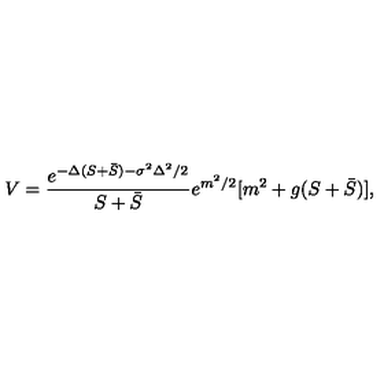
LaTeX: V = \frac { e ^ { - \Delta ( S + \bar { S } ) - \sigma ^ { 2 } \Delta ^ { 2 } / 2 } } { S + \bar { S } } e ^ { m ^ { 2 } / 2 } [ m ^ { 2 } + g ( S + \bar { S } ) ] ,